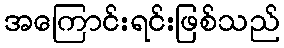
အကြောင်းရင်းဖြစ်သည်